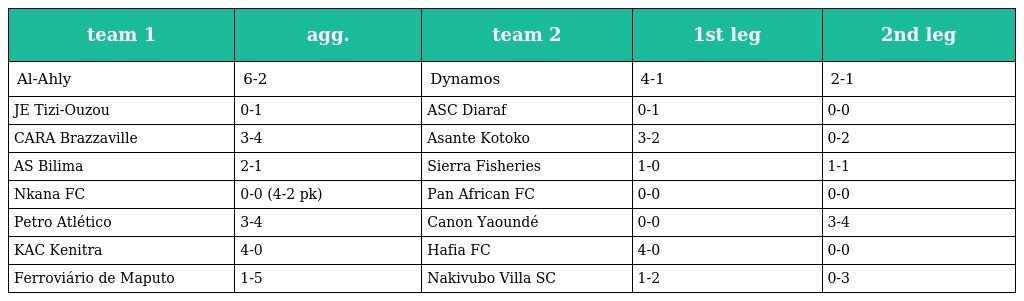
| team 1 | agg. | team 2 | 1st leg | 2nd leg |
 | --- | --- | --- | --- | --- |
 | Al-Ahly | 6-2 | Dynamos | 4-1 | 2-1 |
 | JE Tizi-Ouzou | 0-1 | ASC Diaraf | 0-1 | 0-0 |
 | CARA Brazzaville | 3-4 | Asante Kotoko | 3-2 | 0-2 |
 | AS Bilima | 2-1 | Sierra Fisheries | 1-0 | 1-1 |
 | Nkana FC | 0-0 (4-2 pk) | Pan African FC | 0-0 | 0-0 |
 | Petro Atlético | 3-4 | Canon Yaoundé | 0-0 | 3-4 |
 | KAC Kenitra | 4-0 | Hafia FC | 4-0 | 0-0 |
 | Ferroviário de Maputo | 1-5 | Nakivubo Villa SC | 1-2 | 0-3 |